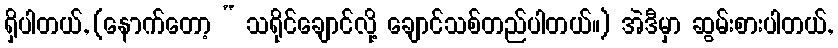
ရှိပါတယ်, (နောက်တော့ “ သရိုင်ချောင်လို့ ချောင်သစ်တည်ပါတယ်။) အဲဒီမှာ ဆွမ်းစားပါတယ်,